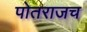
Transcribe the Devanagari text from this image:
पोतराजच